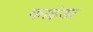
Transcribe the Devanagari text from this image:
काइंडा